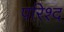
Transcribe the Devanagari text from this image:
परिश्द